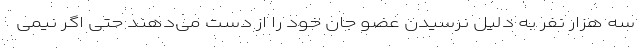
سه هزار نفر به دلیل نرسیدن عضو جان خود را از دست می‌دهند حتی اگر نیمی